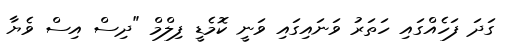
ގަދަ ފަހެއްގައި ހަތަރު ވަނައިގައި ވަނީ ކޮމެޑީ ފިލްމް "ދިސް އިސް ވެޔާ